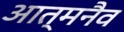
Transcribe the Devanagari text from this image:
आत्मनैव